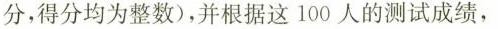
分，得分均为整数)，并根据这100人的测试成绩，